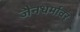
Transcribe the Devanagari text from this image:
जैनधर्मावर